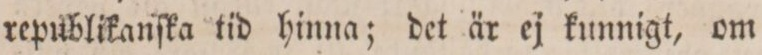
republikanſka tid hinna; det är ej kunnigt, om